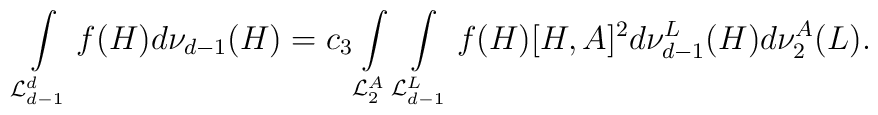
\int \limits_{{\cal L}^{d}_{d-1}}f(H)d\nu_{d-1}(H) =  c_{3} \int \limits_{{\cal L}^{A}_{2}}\int \limits_{{\cal L}^{L}_{d-1}}f(H)[H,A]^{2}d\nu_{d-1}^{L}(H)d\nu_{2}^{A}(L).